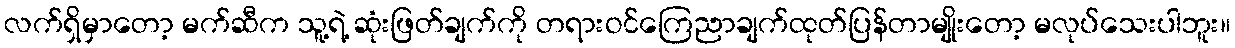
လက်ရှိမှာတော့ မက်ဆီက သူ့ရဲ့ ဆုံးဖြတ်ချက်ကို တရားဝင်ကြေညာချက်ထုတ်ပြန်တာမျိုးတော့ မလုပ်သေးပါဘူး။